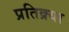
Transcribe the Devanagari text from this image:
प्रतिक्र्या